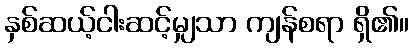
နှစ်ဆယ့်ငါးဆင့်မျှသာ ကျန်စရာ ရှိ၏။